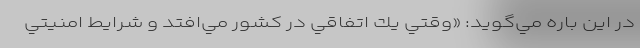
در اين باره مي‌گويد: «وقتي يك اتفاقي در كشور مي‌افتد و شرايط امنيتي